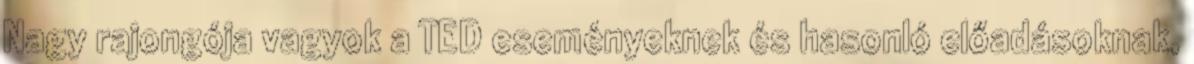
Nagy rajongója vagyok a TED eseményeknek és hasonló előadásoknak,